Civil Veterinary Department Bengal reports 1923-33 - 1923-1933
Year: 1923
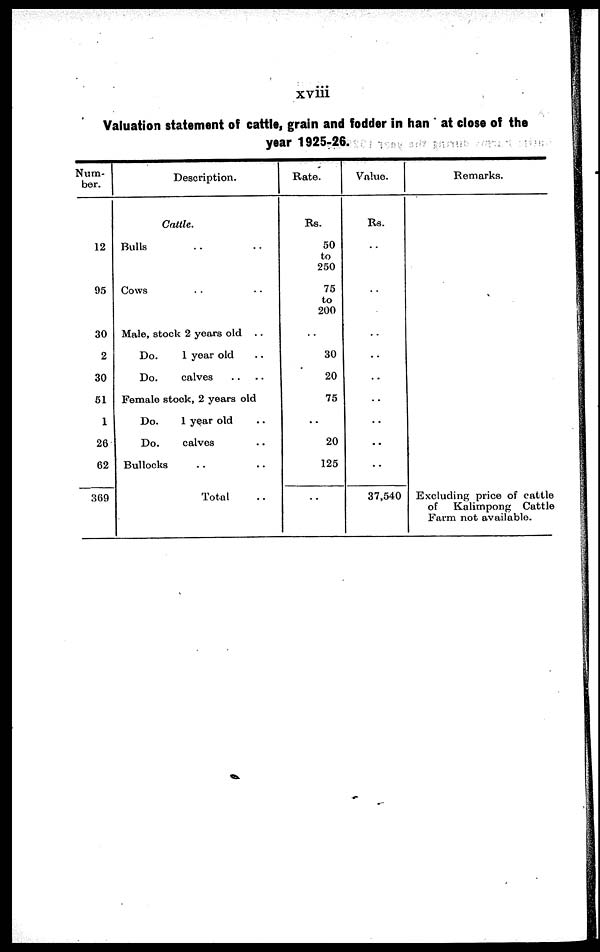
xviii
Valuation statement of cattle, grain and fodder in han at close of the
year 1925-26.
Num-
ber.
12
95
30
2
30
51
1
26
62
369
Description.
Cattle.
Bulls .. ..
Cows .. ..
Male, stock 2 years old . .
Do.
1 year old ..
Do.
calves .. ..
Female stock, 2 years old
Do.
1 year old ..
Do.
calves ..
Bullocks .. ..
Total ..
Rate.
Rs.
50
to
250
75
to
200
..
30
20
75
..
20
125
..
Value.
Rs.
..
..
..
..
..
..
..
37,540
Remarks.
Excluding price of cattle
of
Kalimpong Cattle
Farm not available.